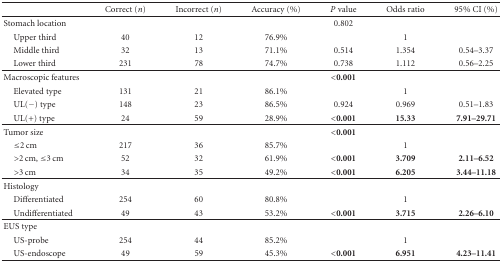
<table><thead><tr><td><b> </b></td><td><b>Correct (<i>n</i>)</b></td><td><b>Incorrect (<i>n</i>)</b></td><td><b>Accuracy (%)</b></td><td><b><i>P</i> value</b></td><td><b>Odds ratio</b></td><td><b>95% CI (%)</b></td></tr></thead><tbody><tr><td>Stomach location</td><td> </td><td> </td><td> </td><td>0.802</td><td> </td><td> </td></tr><tr><td> Upper third</td><td>40</td><td>12</td><td>76.9%</td><td> </td><td>1</td><td> </td></tr><tr><td> Middle third</td><td>32</td><td>13</td><td>71.1%</td><td>0.514</td><td>1.354</td><td>0.54–3.37</td></tr><tr><td> Lower third</td><td>231</td><td>78</td><td>74.7%</td><td>0.738</td><td>1.112</td><td>0.56–2.25</td></tr><tr><td>Macroscopic features</td><td> </td><td> </td><td> </td><td><b>&lt;0.001</b></td><td> </td><td> </td></tr><tr><td> Elevated type</td><td>131</td><td>21</td><td>86.1%</td><td> </td><td>1</td><td> </td></tr><tr><td> UL(−) type</td><td>148</td><td>23</td><td>86.5%</td><td>0.924</td><td>0.969</td><td>0.51–1.83</td></tr><tr><td> UL(+) type</td><td>24</td><td>59</td><td>28.9%</td><td><b>&lt;0.001</b></td><td><b>15.33</b></td><td><b>7.91–29.71</b></td></tr><tr><td>Tumor size</td><td> </td><td> </td><td> </td><td><b>&lt;0.001</b></td><td> </td><td> </td></tr><tr><td> ≤2 cm</td><td>217</td><td>36</td><td>85.7%</td><td> </td><td>1</td><td> </td></tr><tr><td> &gt;2 cm, ≤3 cm</td><td>52</td><td>32</td><td>61.9%</td><td><b>&lt;0.001</b></td><td><b>3.709</b></td><td><b>2.11–6.52</b></td></tr><tr><td> &gt;3 cm</td><td>34</td><td>35</td><td>49.2%</td><td><b>&lt;0.001</b></td><td><b>6.205</b></td><td><b>3.44–11.18</b></td></tr><tr><td>Histology</td><td> </td><td> </td><td> </td><td> </td><td> </td><td> </td></tr><tr><td> Differentiated</td><td>254</td><td>60</td><td>80.8%</td><td> </td><td>1</td><td> </td></tr><tr><td> Undifferentiated</td><td>49</td><td>43</td><td>53.2%</td><td><b>&lt;0.001</b></td><td><b>3.715</b></td><td><b>2.26–6.10</b></td></tr><tr><td>EUS type</td><td> </td><td> </td><td> </td><td> </td><td> </td><td> </td></tr><tr><td> US-probe </td><td>254</td><td>44</td><td>85.2%</td><td> </td><td>1</td><td> </td></tr><tr><td> US-endoscope</td><td>49</td><td>59</td><td>45.3%</td><td><b>&lt;0.001</b></td><td><b>6.951</b></td><td><b>4.23–11.41</b></td></tr></tbody></table>